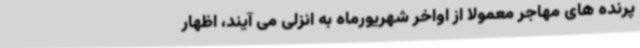
پرنده های مهاجر معمولا از اواخر شهریورماه به انزلی می آیند، اظهار